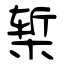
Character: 椠